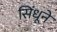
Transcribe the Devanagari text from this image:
सिंधूने